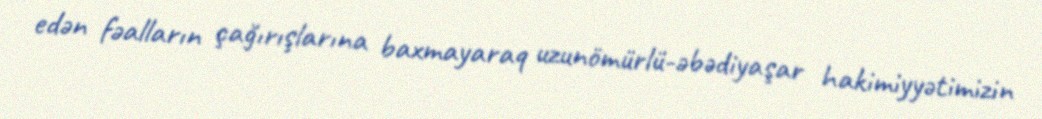
edən fəalların çağırışlarına baxmayaraq uzunömürlü-əbədiyaşar hakimiyyətimizin